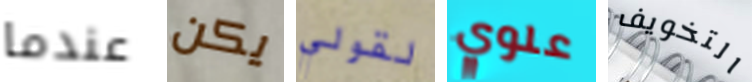
عندما يكن لقولي علوي التخويف